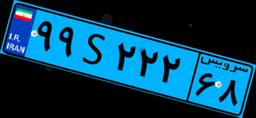
۹۹S۲۲۲۶۸